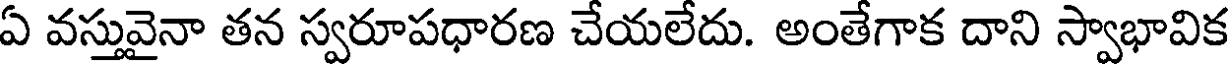
ఏ వస్తువైనా తన స్వరూపధారణ చేయలేదు. అంతేగాక దాని స్వాభావిక